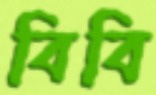
বিবি